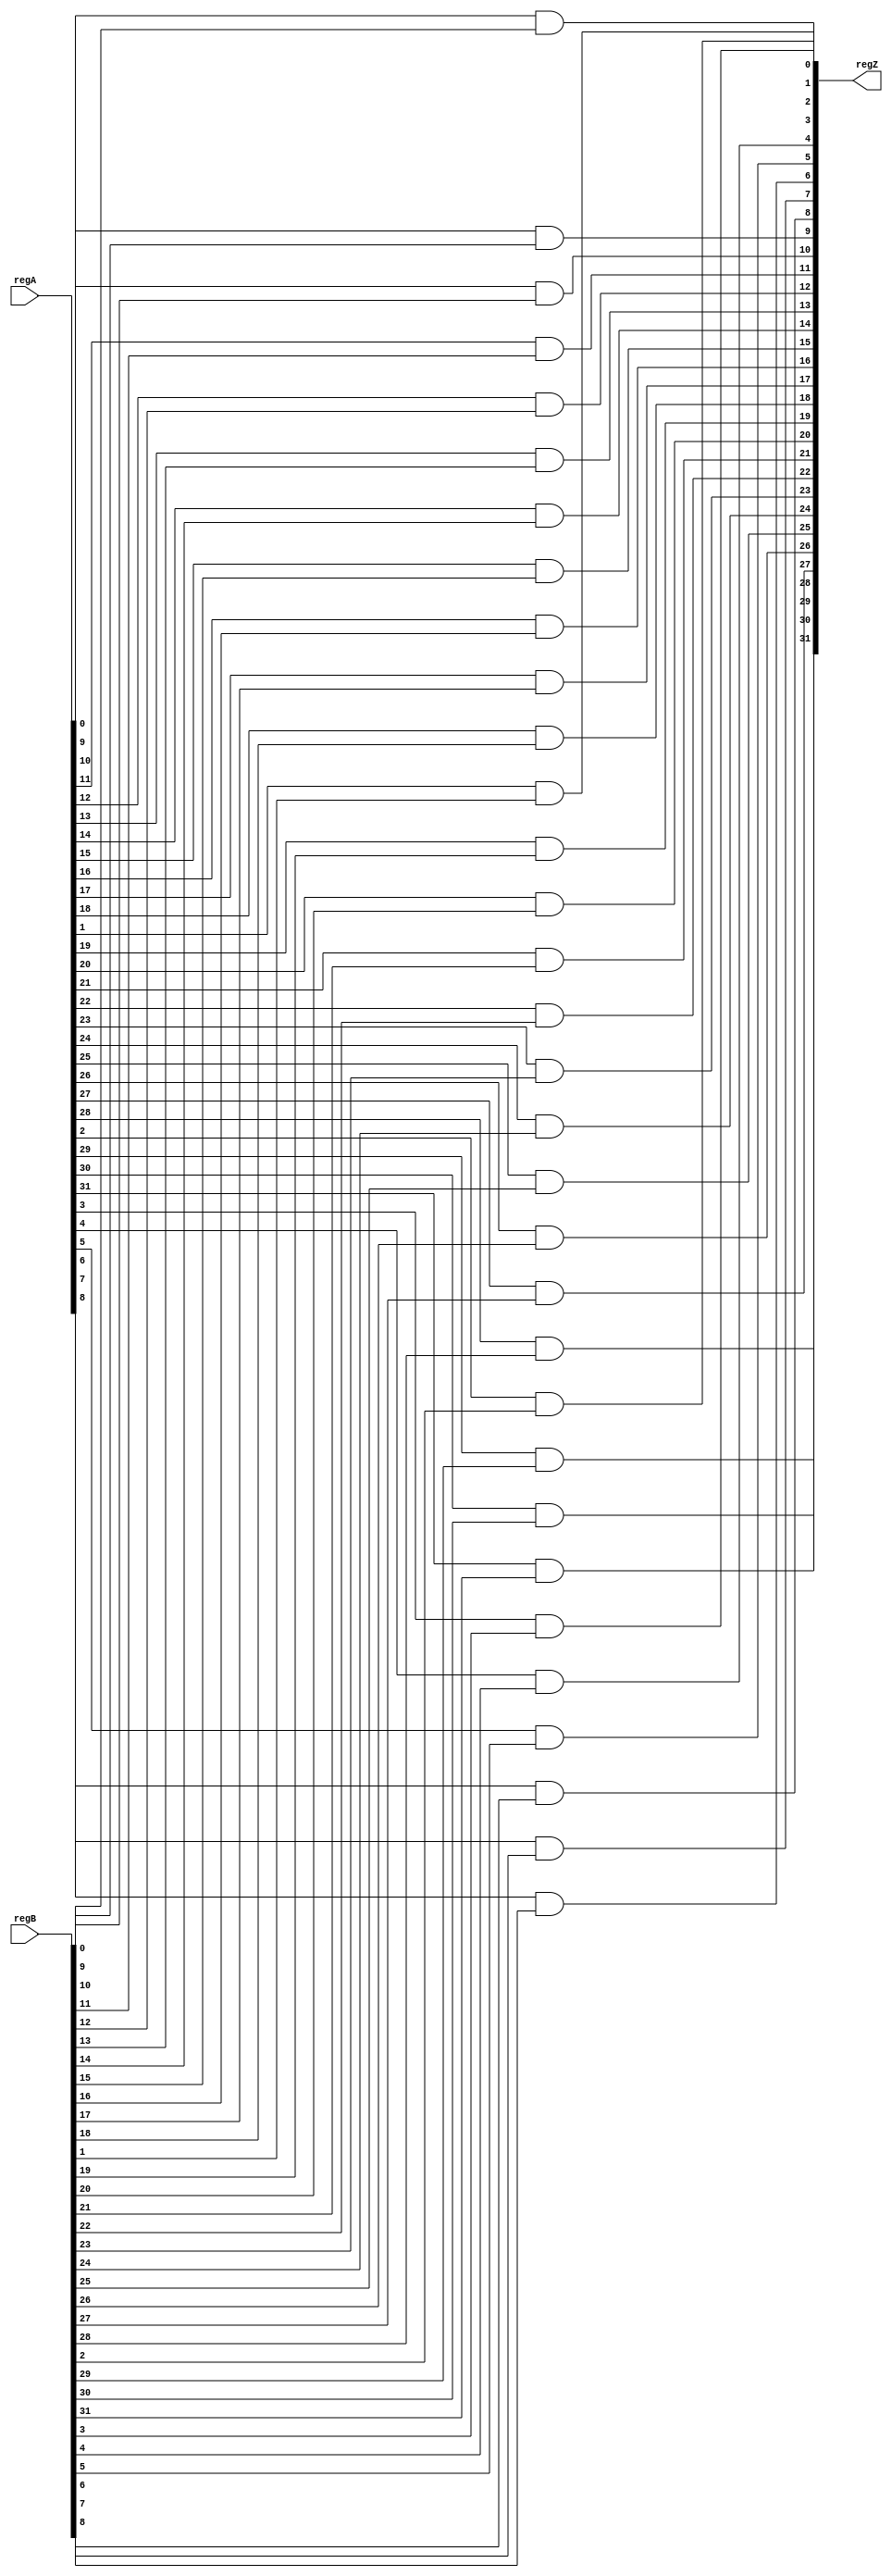
//and_op.v, 32-bit AND operation module 

`timescale 1ns/10ps

module and_op(
	input wire [31:0] regA,
	input wire [31:0] regB,
	output wire [31:0] regZ
);

	genvar j; //initializing generate variable for AND loop below
	
	generate

		for (j=0; j<32; j=j+1) //goes through bits 0 to 31, 32-bits 
		begin : loop
			assign regZ[j] = ((regA[j]) & (regB[j])); //utilize the built-in AND operation and assign the result to register Z
		end

	endgenerate

endmodule